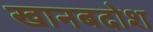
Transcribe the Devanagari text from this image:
खानबदोश